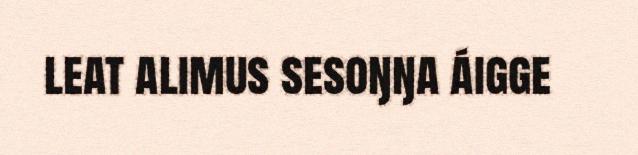
leat alimus sesoŋŋa áigge